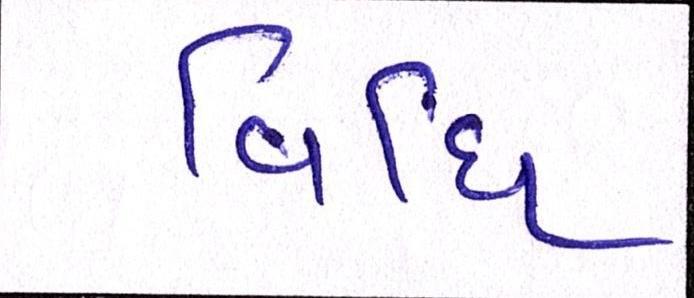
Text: વિધિ